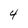
Character: 4